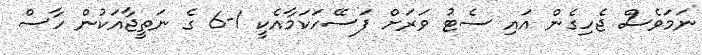
ނަމަވެސް ޖެހިގެން އައި ސެޓު ވަރަށް ފަސޭހަކަމާއެކީ 1-6 ގެ ނަތީޖާއަކުން ހާސް